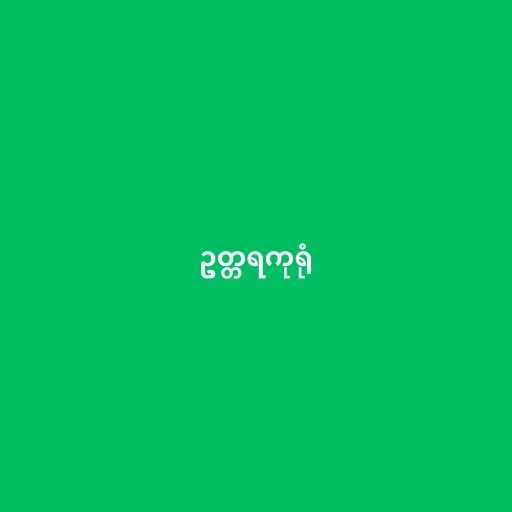
ဥတ္တရကုရုံ